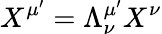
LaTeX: X^{\mu^{\prime}}=\Lambda_{\nu}^{\mu^{\prime}}X^{\nu}